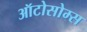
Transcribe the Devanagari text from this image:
ऑटोसोम्स